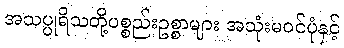
အသပ္ပုရိသတို့ပစ္စည်းဥစ္စာများ အသုံးမဝင်ပုံနှင့်